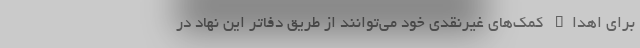
برای اهداء کمک‌های غیرنقدی خود می‌توانند از طریق دفاتر این نهاد در